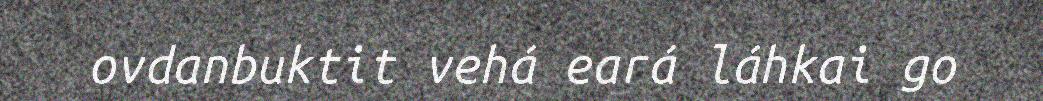
ovdanbuktit vehá eará láhkai go